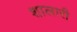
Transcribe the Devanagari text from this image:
शालारी